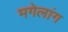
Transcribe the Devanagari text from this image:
मगेलांग